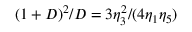
( 1 + D ) ^ { 2 } / D = 3 \eta _ { 3 } ^ { 2 } / ( 4 \eta _ { 1 } \eta _ { 5 } )